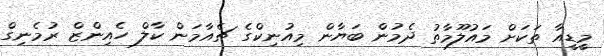
މީޑީއާ ތަކަށް މައުލޫމާތު ދެމުން ބަޔާން މިއުނިކްގެ ޗެއާމަން ކާލް ހެއިންޒް ރުމެނިގް